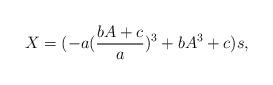
LaTeX: \begin{align*} X=(-a(\frac{bA+c}{a})^3+bA^3+c)s,\end{align*}